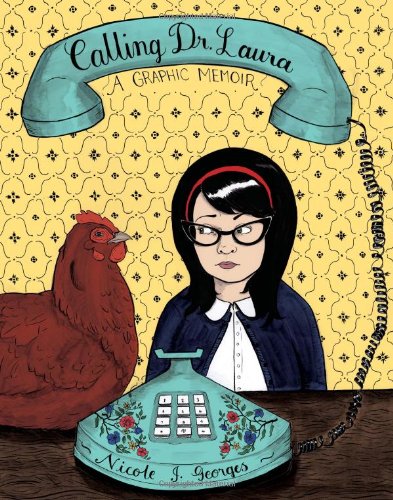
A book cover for Calling Dr. Laura: A Graphic Memoir; Nicole J. Georges; Comics & Graphic Novels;